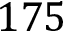
1 7 5